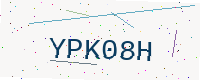
Text: YPK08H